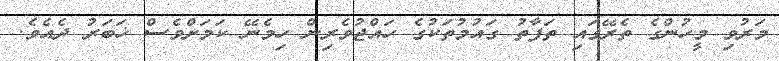
މަރުވި މީހުންގެ ތެރޭގައި ތަފާތު ގައުމުތަކުގެ ހައްޖުވެރިން ހިމެނޭ ކަމަށްވެސް ޚަބަރު ދެއެވެ.